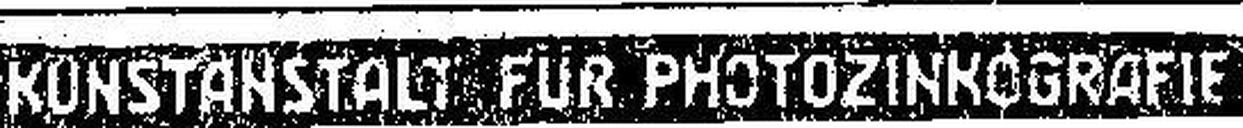
KUNSTANSTALT FÜR PHOTOZINKOGRAFIE